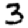
Digit: 3